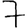
Digit: 7